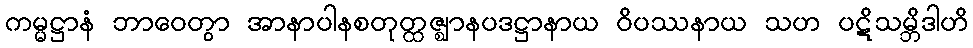
ကမ္မဋ္ဌာနံ ဘာဝေတွာ အာနာပါနစတုတ္ထဇ္ဈာနပဒဋ္ဌာနာယ ဝိပဿနာယ သဟ ပဋိသမ္ဘိဒါဟိ